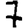
Digit: 7